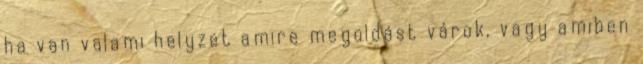
ha van valami helyzet amire megoldást várok, vagy amiben